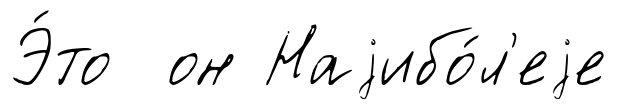
Э́то он Наjибо́л'еjе